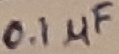
Text: 0.1µF